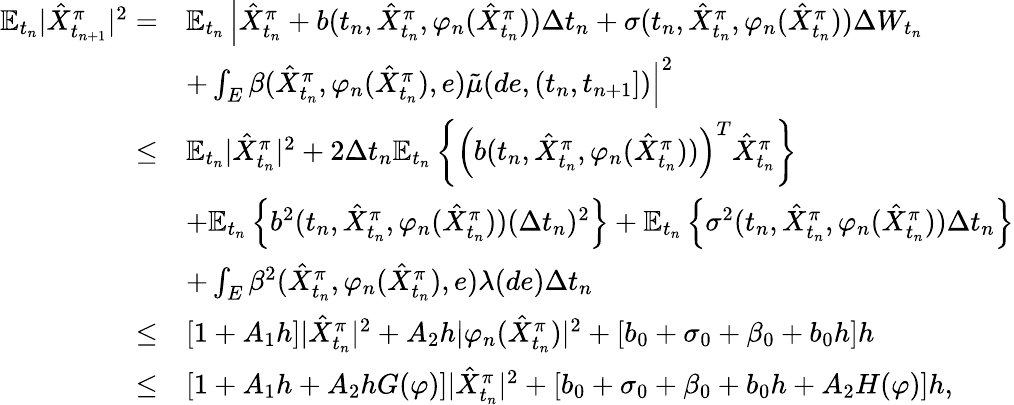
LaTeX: \begin{array}{rl}{\mathbb{E}_{t_{n}}{|\hat{X}_{t_{n+1}}^{\pi}|^{2}}=}&{\mathbb{E}_{t_{n}}\left|\hat{X}_{t_{n}}^{\pi}+b(t_{n},\hat{X}_{t_{n}}^{\pi},\varphi_{n}(\hat{X}_{t_{n}}^{\pi}))\Delta t_{n}+\sigma(t_{n},\hat{X}_{t_{n}}^{\pi},\varphi_{n}(\hat{X}_{t_{n}}^{\pi}))\Delta W_{t_{n}}\right.}\\ &{\left.+\int_{E}\beta(\hat{X}_{t_{n}}^{\pi},\varphi_{n}(\hat{X}_{t_{n}}^{\pi}),e)\tilde{\mu}(de,(t_{n},t_{n+1}])\right|^{2}}\\ {\leq}&{\mathbb{E}_{t_{n}}|\hat{X}_{t_{n}}^{\pi}|^{2}+2\Delta t_{n}\mathbb{E}_{t_{n}}\left\{ \left(b(t_{n},\hat{X}_{t_{n}}^{\pi},\varphi_{n}(\hat{X}_{t_{n}}^{\pi}))\right)^{T}\hat{X}_{t_{n}}^{\pi}\right\} }\\ &{+\mathbb{E}_{t_{n}}\left\{ b^{2}(t_{n},\hat{X}_{t_{n}}^{\pi},\varphi_{n}(\hat{X}_{t_{n}}^{\pi}))(\Delta t_{n})^{2}\right\} +\mathbb{E}_{t_{n}}\left\{ \sigma^{2}(t_{n},\hat{X}_{t_{n}}^{\pi},\varphi_{n}(\hat{X}_{t_{n}}^{\pi}))\Delta t_{n}\right\} }\\ &{+\int_{E}\beta^{2}(\hat{X}_{t_{n}}^{\pi},\varphi_{n}(\hat{X}_{t_{n}}^{\pi}),e)\lambda(de)\Delta t_{n}}\\ {\leq}&{[1+A_{1}h]|\hat{X}_{t_{n}}^{\pi}|^{2}+A_{2}h|\varphi_{n}(\hat{X}_{t_{n}}^{\pi})|^{2}+[b_{0}+\sigma_{0}+\beta_{0}+b_{0}h]h}\\ {\leq}&{[1+A_{1}h+A_{2}hG(\varphi)]|\hat{X}_{t_{n}}^{\pi}|^{2}+[b_{0}+\sigma_{0}+\beta_{0}+b_{0}h+A_{2}H(\varphi)]h,}\end{array}